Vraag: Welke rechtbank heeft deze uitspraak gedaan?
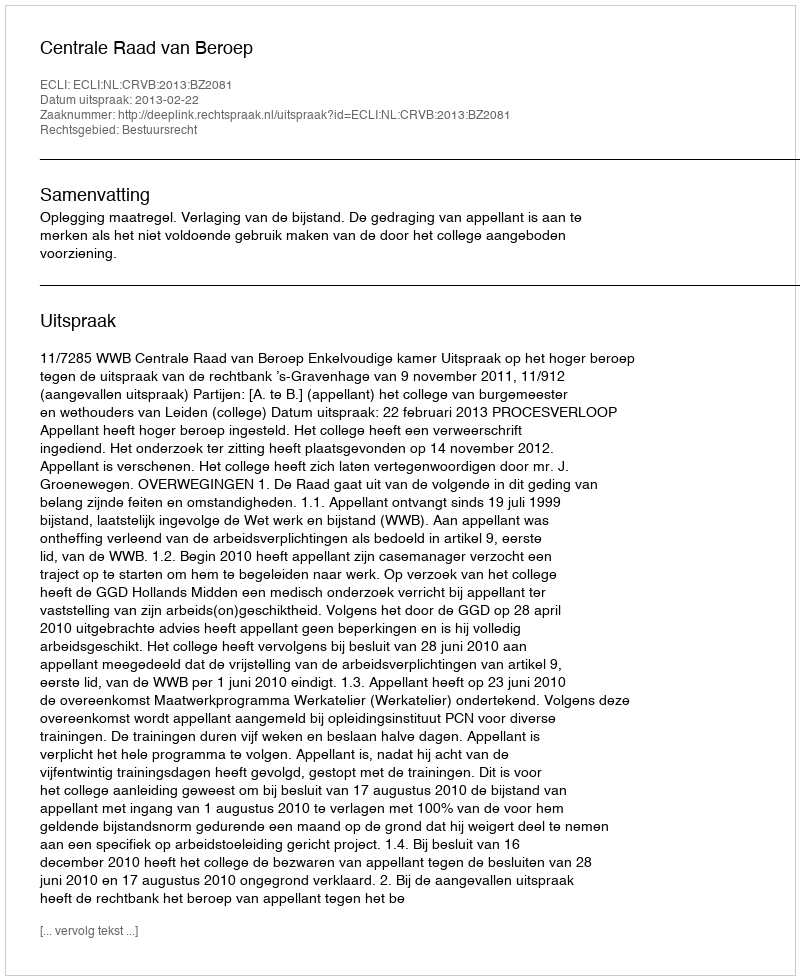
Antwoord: Centrale Raad van Beroep